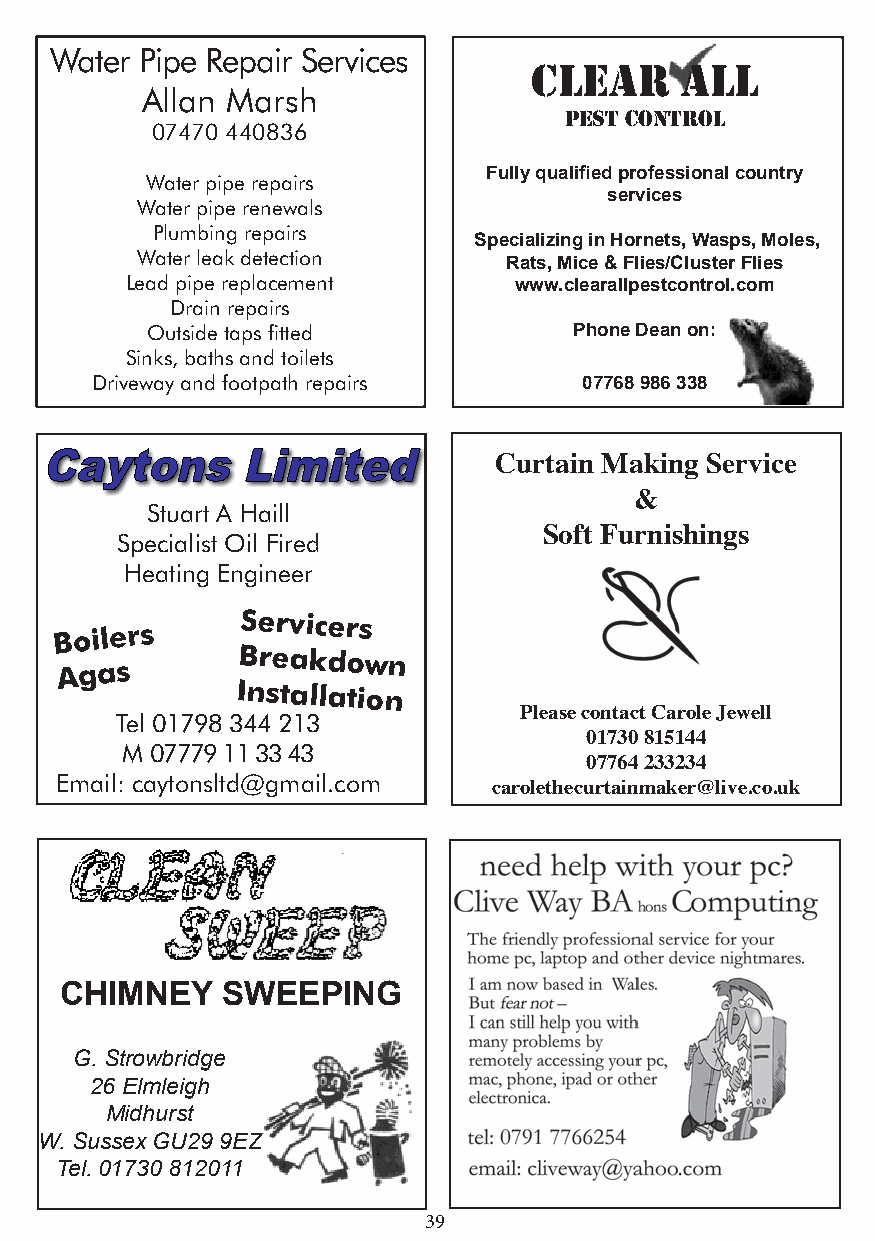
Water Pipe Repair Services
 Clear     all
 Allan Marsh
 Pest Control
 07470 440836
 Fully qualified professional country
 Water pipe repairs
 services
 Water pipe renewals
 Plumbing repairs
 Specializing in Hornets, Wasps, Moles,
 Water leak detection
 Rats, Mice & Flies/Cluster Flies
 Lead pipe replacement     www.clearallpestcontrol.com
 Drain repairs
 Outside taps fitted         Phone Dean on:
 Sinks, baths and toilets
 Driveway and footpath repairs   07768 986 338
 Curtain Making Service
 &
 Stuart A Haill
 Soft Furnishings
 Specialist Oil Fired
 Heating Engineer
 Boilers
 Servicers
 Agas
 Breakdown
 Installation
 Please contact Carole Jewell
 Tel 01798 344 213
 01730 815144
 M 07779 11 33 43
 07764 233234
 Email: caytonsltd@gmail.com
 carolethecurtainmaker@live.co.uk
 CHIMNEY    SWEEPING
 G. Strowbridge
 26 Elmleigh
 Midhurst
 W. Sussex GU29 9EZ
 Tel. 01730 812011
 39